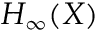
H _ { \infty } ( X )